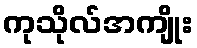
ကုသိုလ်အကျိုး